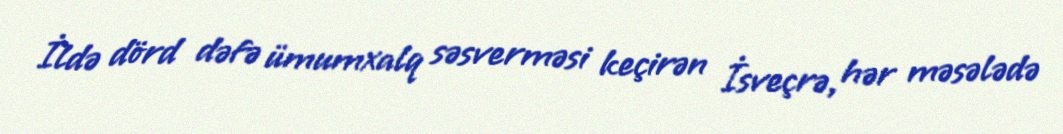
İldə dörd dəfə ümumxalq səsverməsi keçirən İsveçrə, hər məsələdə